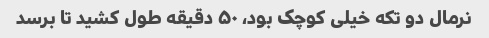
نرمال دو تکه خیلی کوچک بود، ۵۰ دقیقه طول کشید تا برسد